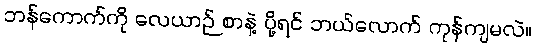
ဘန်ကောက်ကို လေယာဉ် စာနဲ့ ပို့ရင် ဘယ်လောက် ကုန်ကျမလဲ။